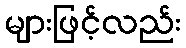
များဖြင့်လည်း